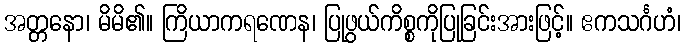
အတ္တနော၊ မိမိ၏။ ကြိယာကရဏေန၊ ပြုဖွယ်ကိစ္စကိုပြုခြင်းအားဖြင့်။ ဧကသင်္ဂဟံ၊